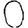
Digit: 0